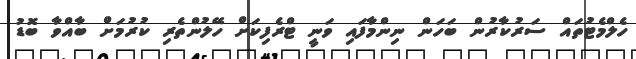
ހެލްމެޓުތައް ސަރުކާރުން ބަހަން ނިންމާފައި ވަނީ ޓްރެފިކަށް ހޭލުންތެރި ކުރުމަށް ބާއްވާ ބޮޑު